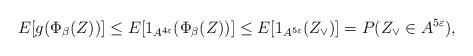
LaTeX: \begin{align*}E[g(\Phi_\beta(Z))]\leq E[1_{A^{4\varepsilon}}(\Phi_\beta(Z))]\leq E[1_{A^{5\varepsilon}}(Z_\vee)]=P(Z_\vee\in A^{5\varepsilon}),\end{align*}